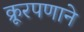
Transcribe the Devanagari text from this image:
क्रूरपणाने